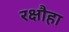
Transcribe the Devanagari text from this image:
रक्षौहा